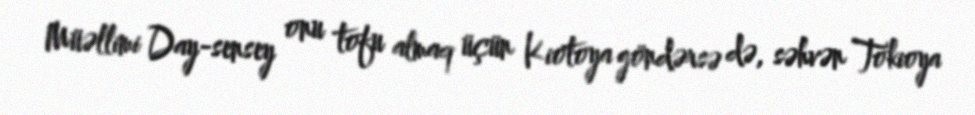
Müəllimi Day-sensey onu tofu almaq üçün Kiotoya göndərsə də, səhvən Tokioya